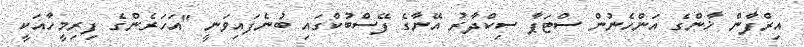
އިރްފާން ޚާންގެ އަންހެނުން ސްޓަޕާ ސިކްދާރު އޭނާގެ ފޭސްބުކްގައި ބުނެފައިވަނީ "އަހަރެންގެ ފިރިމީހާއަކީ